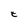
Character: t